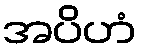
အပိဟံ